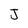
Character: J